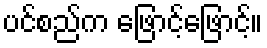
ပင်စည်က ဖြောင့်ဖြောင့်။